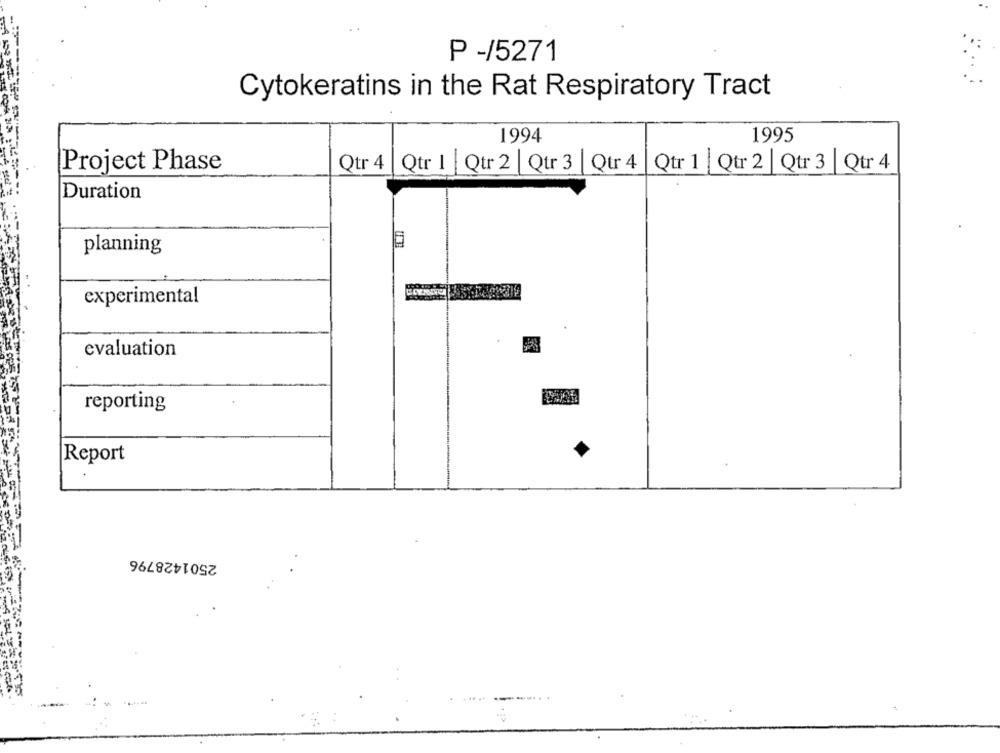
P -/5271
Cytokeratins in the Rat Respiratory Tract
1994
1995
Project Phase
Qtr 4 | Qtr 1 Qtr 2 | Qtr 3 | Qur 4 | Qtr 1 | Qtr 2 | Qtr 3 | Qtr 4
Duration
planning
experimental
evaluation
reporting
Report
2501428796